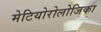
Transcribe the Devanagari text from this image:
मेटियोरोलोजिका